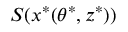
S ( x ^ { * } ( \theta ^ { * } , z ^ { * } ) )